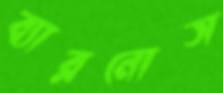
ব্যারনোস